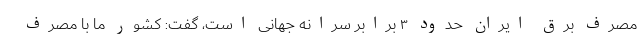
مصرف برق ایران حدود ٣ برابر سرانه جهانی است، گفت: کشور ما با مصرف